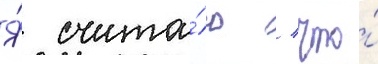
Я́ счита́ю / что́